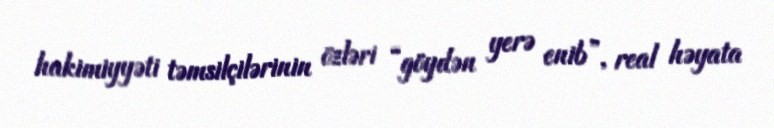
hakimiyyəti təmsilçilərinin özləri “göydən yerə enib”, real həyata